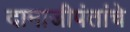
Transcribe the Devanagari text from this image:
दामाजीपंतांचे